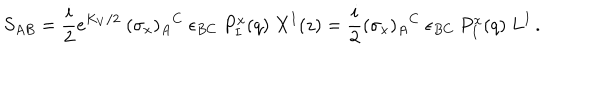
LaTeX: S _ { A B } = { \frac { i } { 2 } } e ^ { K _ { V } / 2 } ~ ( \sigma _ { x } ) _ { A } { } ^ { C } ~ \epsilon _ { B C } ~ P _ { I } ^ { x } ( q ) ~ X ^ { I } ( z ) = { \frac { i } { 2 } } ( \sigma _ { x } ) _ { A } { } ^ { C } ~ \epsilon _ { B C } ~ P _ { I } ^ { x } ( q ) ~ L ^ { I } \, .